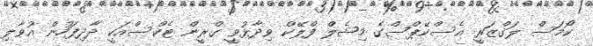
ކޯމަސް ލަގްޒަރީ އެސްކޭޕްސްގެ މިޝެލް ފްލޭކް ވިދާޅުވީ ގްރީން ޓެކްސްއަކީ ދާދިފަހުން އުވާލި